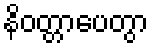
နိဝတ္တာပေတွာ